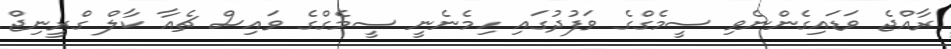
ރާއްޖެ ވަޑައިގެންނެވި ސީމެގްގެ ވަފުދުގައި ހިމެނެނީ ސީމެގްގެ ވައިސް ޗެއާ ކާލް ގްރީނިޖް